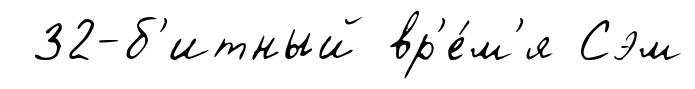
32-б'итный вр'е́м'я Сэм